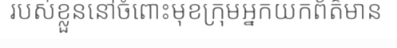
របស់ខ្លួននៅចំពោះមុខក្រុមអ្នកយកព័ត៌មាន